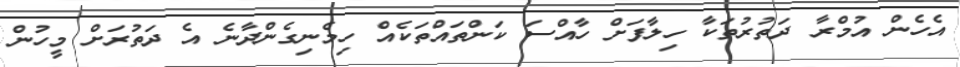
އެހެން އުމްރާ ދަތުރުތަކާ ހިލާފަށް ހާއްސަ ކަންތައްތަކެއް ހިމެނިގެންދާނެ އެ ދަތުރަށް މީހުން